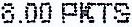
8.00 PKTS